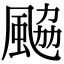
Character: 䬅